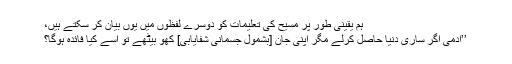
ہم یقینی طور پر مسیح کی تعلیمات کو دوسرے لفظوں میں یوں بیان کر سکتے ہیں،
’’آدمی اگر ساری دنیا حاصل کرلے مگر اپنی جان [بشمول جسمانی شفایابی] کھو بیٹھے تو اُسے کیا فائدہ ہوگا؟